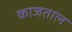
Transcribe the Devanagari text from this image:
काजताल